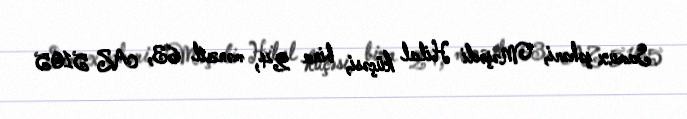
Samux şəhəri, Məşədi Hilal küçəsi, bina 24, mənzil 63, AZ 5105